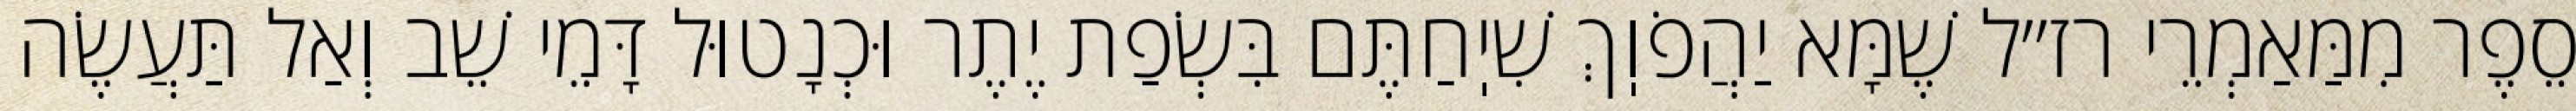
סֵפֶר מִמַּאַמְרֵי רז״ל שֶׁמָּא יַהֲפֹוֽךְ שִׁיֽחַתֶּם בִּשְׂפַת יֶתֶר וּכְנָטוּל דָּמֵי שֵׁב וְאַל תַּעֲשֶׂה